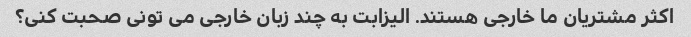
اکثر مشتریان ما خارجی هستند. الیزابت به چند زبان خارجی می تونی صحبت کنی؟